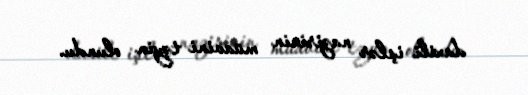
daxili işlər nazirinin müavini təyin olundu.